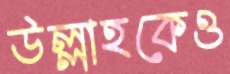
উল্লাহকেও